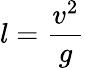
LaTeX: l=\frac{v^{2}}{g}